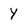
Character: y